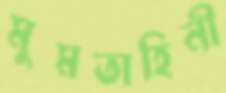
মুমতাহিনী